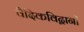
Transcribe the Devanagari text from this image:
वैदिकविद्वानों